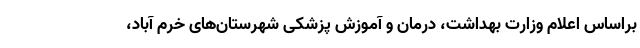
براساس اعلام وزارت بهداشت، درمان و آموزش پزشکی شهرستان‌های خرم آباد،